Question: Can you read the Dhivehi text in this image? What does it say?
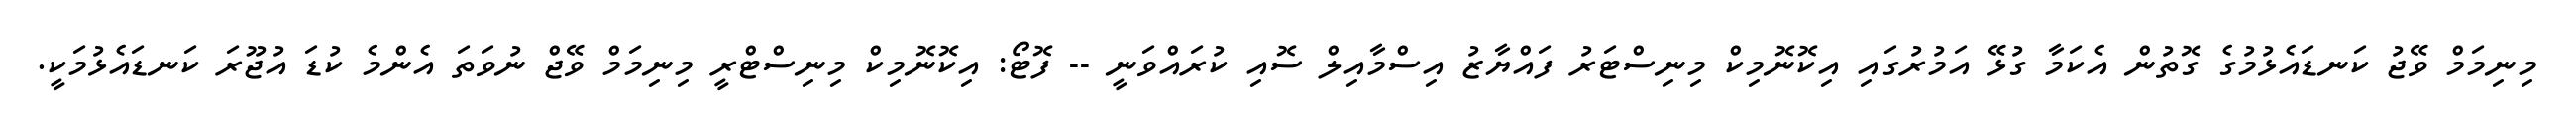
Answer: މިނިމަމް ވޭޖު ކަނޑައެޅުމުގެ ގޮތުން އެކަމާ ގުޅޭ އަމުރުގައި އިކޮނޮމިކް މިނިސްޓަރު ފައްޔާޒު އިސްމާއިލް ސޮއި ކުރައްވަނީ -- ފޮޓޯ: އިކޮނޮމިކް މިނިސްޓްރީ މިނިމަމް ވޭޖް ނުވަތަ އެންމެ ކުޑަ އުޖޫރަ ކަނޑައެޅުމަކީ.